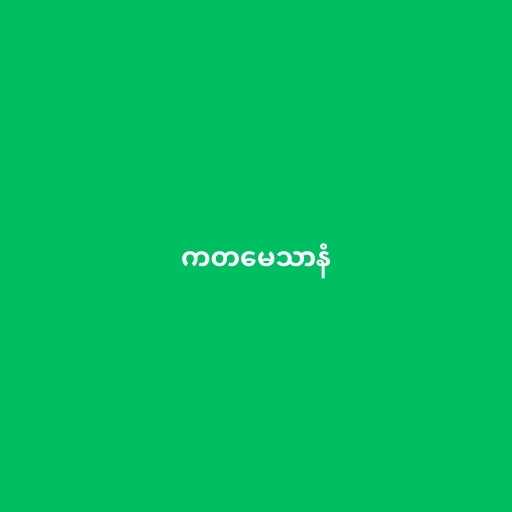
ကတမေသာနံ